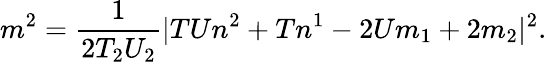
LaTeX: m^{2}=\frac{1}{2T_{2}U_{2}}|TUn^{2}+Tn^{1}-2Um_{1}+2m_{2}|^{2}.